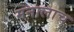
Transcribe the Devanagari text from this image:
मनालाच